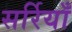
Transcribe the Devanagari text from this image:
सर्रियाँ